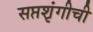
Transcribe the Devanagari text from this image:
सप्तशृंगीची